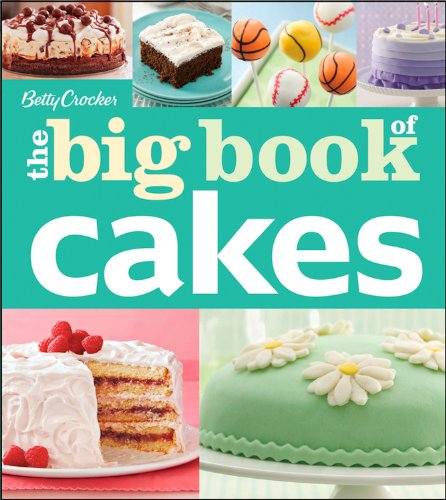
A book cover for Betty Crocker's The Big Book of Cakes (Betty Crocker Big Book); Betty Crocker; Cookbooks, Food & Wine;